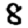
Digit: 8